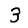
Digit: 3